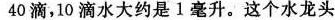
40滴，10滴水大约是1毫升。这个水龙头